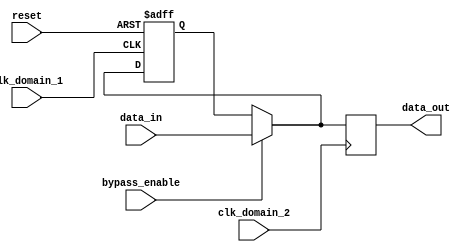
module Timing_Control_Synchronization_Bypass_Register (
    input wire clk_domain_1,
    input wire clk_domain_2,
    input wire reset,
    input wire bypass_enable,
    input wire [31:0] data_in,
    output reg [31:0] data_out
);

reg [31:0] register;
wire [31:0] data_pass;

always @(posedge clk_domain_1 or posedge reset) begin
    if (reset) begin
        register <= 32'b0;
    end else if (bypass_enable) begin
        register <= data_in;
    end
end

assign data_pass = (bypass_enable) ? data_in : register;

always @(posedge clk_domain_2) begin
    data_out <= data_pass;
end

endmodule